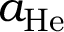
a _ { \mathrm { H e } }